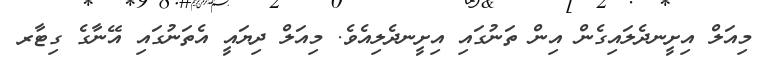
މިއަލް އިށީނދެލައިގެން އިން ތަނުގައި އިށީނދެލިއެވެ. މިއަލް ދިޔައީ އެތަނުގައި އޭނާގެ ގިޓާރ